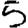
Digit: 5